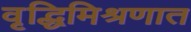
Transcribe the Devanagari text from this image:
वृद्धिमिश्रणात